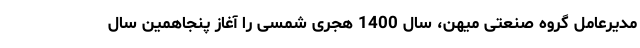
مدیرعامل گروه صنعتی میهن، سال 1400 هجری شمسی را آغاز پنجاهمین سال